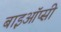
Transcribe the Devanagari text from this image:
बाइऑप्सी